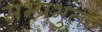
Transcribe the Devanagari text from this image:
सभ्प्रभुता